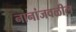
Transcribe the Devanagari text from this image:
नानांजवळील